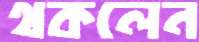
থকলেন